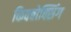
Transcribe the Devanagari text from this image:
किक्बोक्सिंग